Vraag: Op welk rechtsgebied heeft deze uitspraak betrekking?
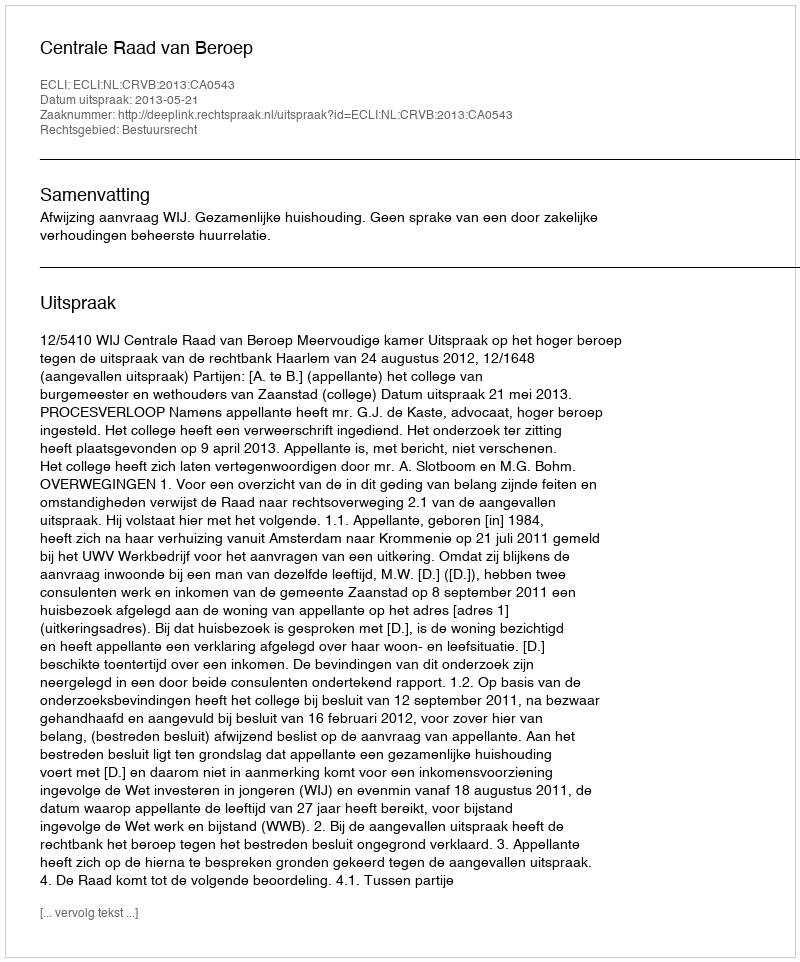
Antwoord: Bestuursrecht